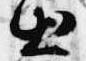
出